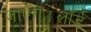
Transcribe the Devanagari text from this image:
जाएँगे।लॉर्ड